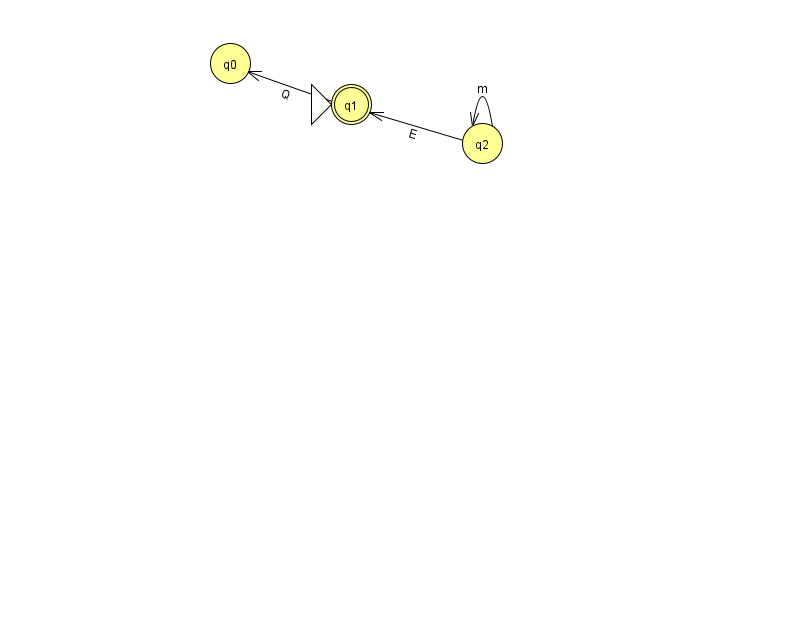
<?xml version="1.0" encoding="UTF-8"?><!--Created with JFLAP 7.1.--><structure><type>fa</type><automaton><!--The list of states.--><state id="0" name="q0"><x>230.0</x><y>50.0</y></state><state id="1" name="q1"><x>351.0</x><y>91.0</y><initial/><final/></state><state id="2" name="q2"><x>482.0</x><y>130.0</y></state><!--The list of transitions.--><transition><from>2</from><to>1</to><read>E</read></transition><transition><from>1</from><to>0</to><read>Q</read></transition><transition><from>2</from><to>2</to><read>m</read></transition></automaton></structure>